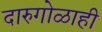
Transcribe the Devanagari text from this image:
दारुगोळाही